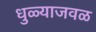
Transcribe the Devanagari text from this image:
धुळ्याजवळ